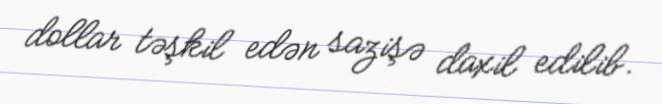
dollar təşkil edən sazişə daxil edilib.